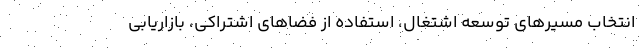
انتخاب مسیرهای توسعه اشتغال، استفاده از فضاهای اشتراکی، بازاریابی